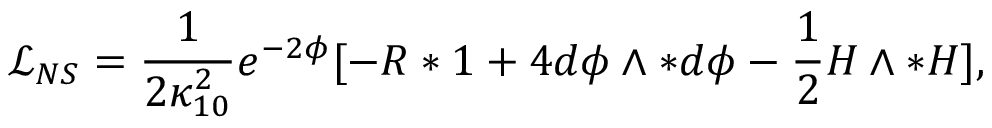
{ \mathcal { L } } _ { N S } = { \frac { 1 } { 2 \kappa _ { 1 0 } ^ { 2 } } } { e ^ { - 2 \phi } } [ - R * 1 + 4 d \phi \wedge * d \phi - \frac { 1 } { 2 } H \wedge * H ] ,